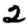
Digit: 2